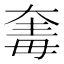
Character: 𣫵